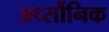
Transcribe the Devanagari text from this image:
अर्ध्सौनिक